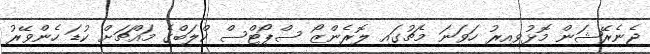
ޖެނެރޭޝަން މޮޅުވިއިރު ހަވަނަ މެޗުގައި ލޮރެންޒޯ ސްޕޯޓްސް ކްލަބްގެ މައްޗަށް ކުޑަ ހެންވޭރު